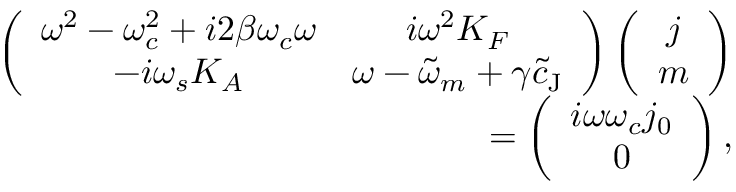
\begin{array} { r } { \left( \begin{array} { c c } { \omega ^ { 2 } - \omega _ { c } ^ { 2 } + i 2 \beta \omega _ { c } \omega } & { i \omega ^ { 2 } K _ { F } } \\ { - i \omega _ { s } K _ { A } } & { \omega - \tilde { \omega } _ { m } + \gamma \tilde { c } _ { \mathrm { J } } } \end{array} \right) \left( \begin{array} { c } { j } \\ { m } \end{array} \right) } \\ { = \left( \begin{array} { c } { i \omega \omega _ { c } j _ { 0 } } \\ { 0 } \end{array} \right) , } \end{array}